Leprosy in India: report of the Leprosy Commission in India, 1890-91
Year: 1890
Disease focus: Leprosy
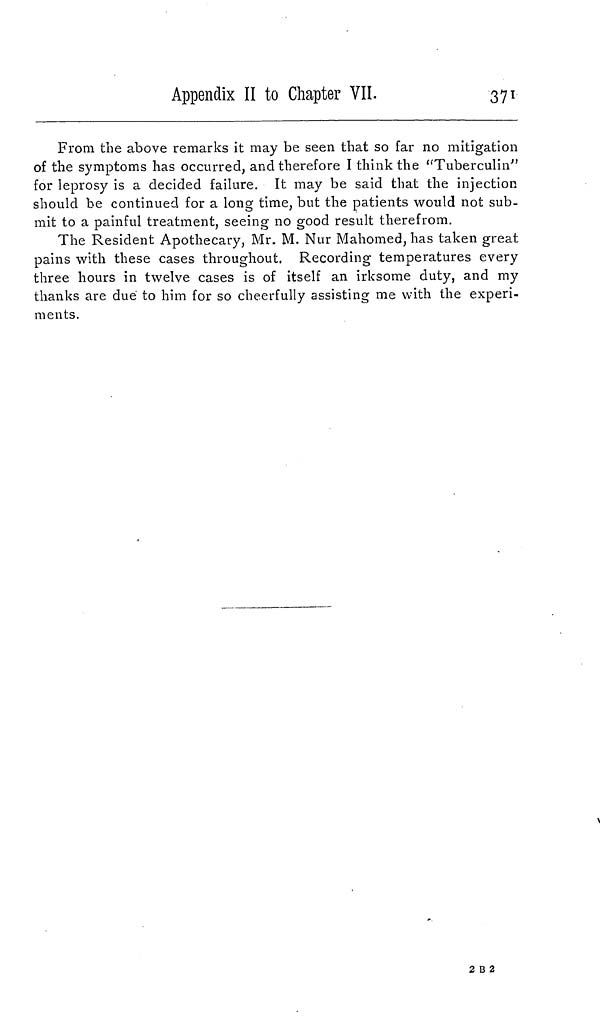
Appendix II to Chapter VII.
371
From the above remarks it may be seen that so far no mitigation
of the symptoms has occurred, and therefore I think the "Tuberculin"
for leprosy is a decided failure. It may be said that the injection
should be continued for a long time, but the patients would not sub-
mit to a painful treatment, seeing no good result therefrom.
The Resident Apothecary, Mr. M. Nur Mahomed, has taken great
pains with these cases throughout. Recording temperatures every
three hours in twelve cases is of itself an irksome duty, and my
thanks are due to him for so cheerfully assisting me with the experi-
ments.
2 B 2